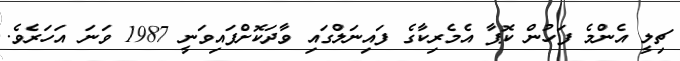
ޗިލީ އެންމެ ފަހުން ކޮޕާ އެމެރިކާގެ ފައިނަލްގައި ވާދަކޮށްފައިވަނީ 1987 ވަނަ އަހަރެވެ.